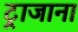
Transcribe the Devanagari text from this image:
ट्राजाना